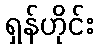
ရှန်ဟိုင်း